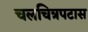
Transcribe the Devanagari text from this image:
चलचित्रपटास